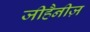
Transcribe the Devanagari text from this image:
जीहैनीज़